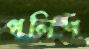
পলিশ